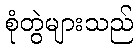
စုံတွဲများသည်